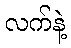
လက်နဲ့